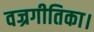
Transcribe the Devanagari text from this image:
वज्रगीतिका।